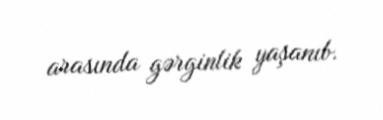
arasında gərginlik yaşanıb.